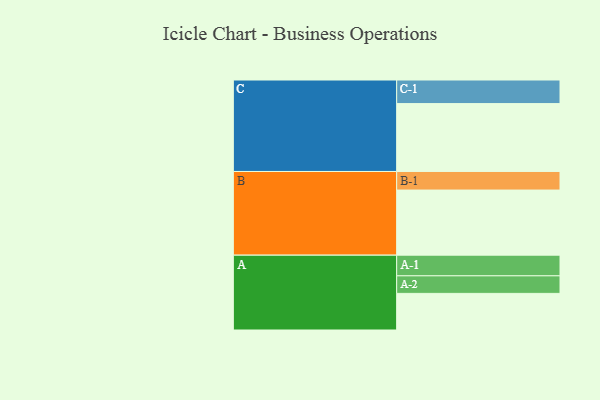
{"axis": {"x": "Segment", "y": "Value"}, "legend": ["", "A", "B", "C"], "data": [{"x": "A", "y": 321, "type": ""}, {"x": "B", "y": 571, "type": ""}, {"x": "C", "y": 595, "type": ""}, {"x": "A-1", "y": 181, "type": "A"}, {"x": "A-2", "y": 154, "type": "A"}, {"x": "B-1", "y": 163, "type": "B"}, {"x": "C-1", "y": 207, "type": "C"}]}